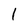
Character: 1